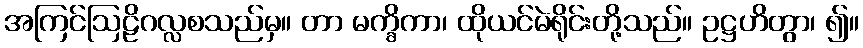
အကြင်ဩဠိဂလ္လစသည်မှ။ တာ မက္ခိကာ၊ ထိုယင်မဲရိုင်းတို့သည်။ ဥဋ္ဌဟိတွာ၊ ၍။